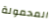
المحمولة